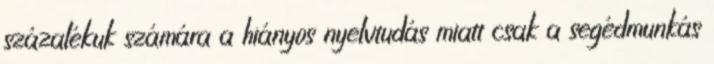
százalékuk számára a hiányos nyelvtudás miatt csak a segédmunkás